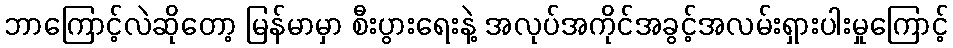
ဘာကြောင့်လဲဆိုတော့ မြန်မာမှာ စီးပွားရေးနဲ့ အလုပ်အကိုင်အခွင့်အလမ်းရှားပါးမှုကြောင့်